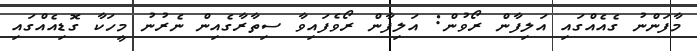
މާފަންނު ގެއެއްގައި އަލިފާން ރޯވުން: އަލިފާން ރޯވެފައިވާ ސިތާރާގެއިން ނެރުނު މީހަކާ ގޮޑިއެއްގައި